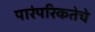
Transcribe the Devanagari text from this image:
पारंपरिकतेचे